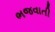
ભજવાતી